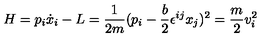
H = p _ { i } \dot { x } _ { i } - L = \frac { 1 } { 2 m } ( p _ { i } - \frac { b } { 2 } \epsilon ^ { i j } x _ { j } ) ^ { 2 } = \frac { m } { 2 } v _ { i } ^ { 2 }